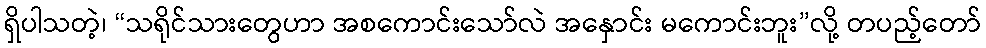
ရှိပါသတဲ့၊ “သရိုင်သားတွေဟာ အစကောင်းသော်လဲ အနှောင်း မကောင်းဘူး”လို့ တပည့်တော်